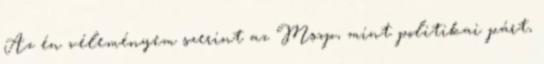
Az én véleményem szerint az Mszp, mint politikai párt,